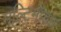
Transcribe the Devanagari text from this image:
मल्टिमॉडल